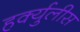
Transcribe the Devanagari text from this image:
हर्क्युलीस